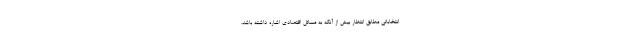
انتخاباتي مطابق انتظار بيش از آنكه به مسائل اقتصادي اشاره داشته باشد،